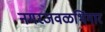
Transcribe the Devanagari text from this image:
नगरजवळभिंगार